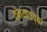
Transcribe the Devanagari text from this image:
केन्याटाच्या